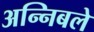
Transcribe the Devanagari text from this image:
अन्निबले